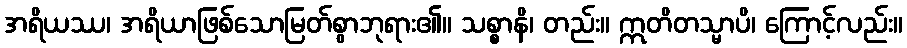
အရိယဿ၊ အရိယာဖြစ်သောမြတ်စွာဘုရား၏။ သစ္စာနိ၊ တည်း။ ဣတိတသ္မာပိ၊ ကြောင့်လည်း။